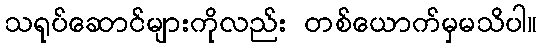
သရုပ်ဆောင်များကိုလည်း တစ်ယောက်မှမသိပါ။